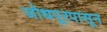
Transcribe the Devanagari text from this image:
जोधपूरपासून